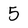
Character: 5